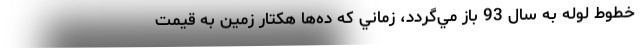
خطوط لوله به سال 93 باز مي‌گردد، زماني كه ده‌ها هكتار زمين به قيمت